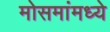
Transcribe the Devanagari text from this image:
मोसमांमध्ये